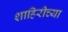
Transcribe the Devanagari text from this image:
शाहिरीच्या